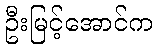
ဦးမြင့်အောင်က